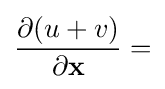
{\frac {\partial (u+v)}{\partial \mathbf {x} }}=